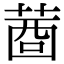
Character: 𦴖